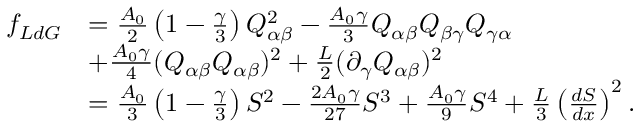
\begin{array} { r l } { f _ { L d G } } & { = \frac { A _ { 0 } } { 2 } \left( 1 - \frac { \gamma } { 3 } \right) Q _ { \alpha \beta } ^ { 2 } - \frac { A _ { 0 } \gamma } { 3 } Q _ { \alpha \beta } Q _ { \beta \gamma } Q _ { \gamma \alpha } } \\ & { + \frac { A _ { 0 } \gamma } { 4 } ( Q _ { \alpha \beta } Q _ { \alpha \beta } ) ^ { 2 } + \frac { L } { 2 } ( \partial _ { \gamma } Q _ { \alpha \beta } ) ^ { 2 } } \\ & { = \frac { A _ { 0 } } { 3 } \left( 1 - \frac { \gamma } { 3 } \right) S ^ { 2 } - \frac { 2 A _ { 0 } \gamma } { 2 7 } S ^ { 3 } + \frac { A _ { 0 } \gamma } { 9 } S ^ { 4 } + \frac { L } { 3 } \left( \frac { d S } { d x } \right) ^ { 2 } . } \end{array}